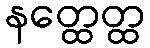
နတ္ထေတ္ထ